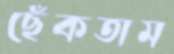
ছেঁকতাম